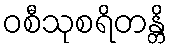
ဝစီသုစရိတန္တိ